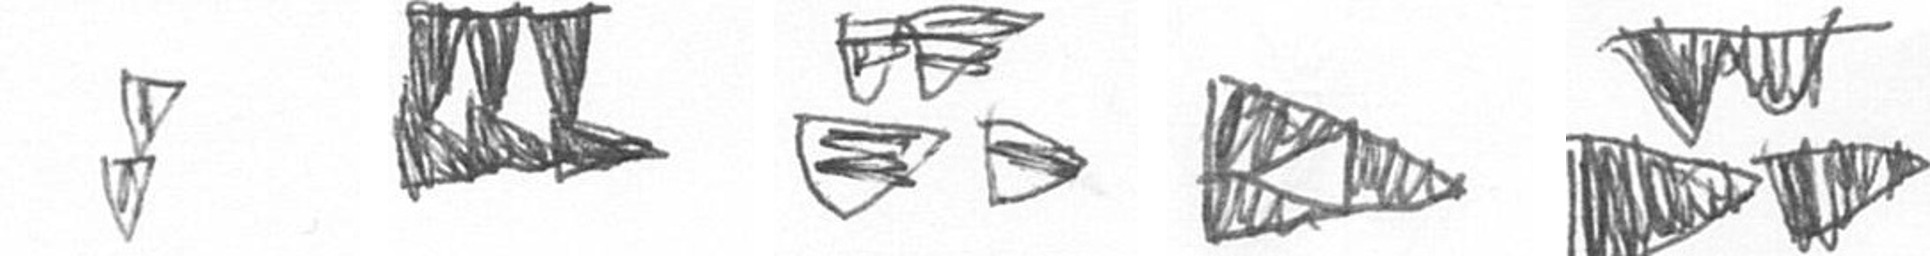
Z D B K B